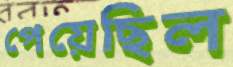
পেয়েছিল